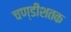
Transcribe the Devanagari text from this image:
चण्डीशतक